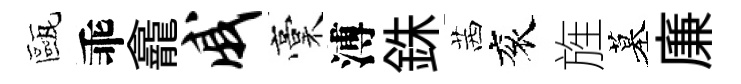
甌乖龕戚稾溥銖茜衮旌墓廉